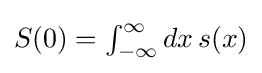
{\textstyle S(0)=\int _{-\infty }^{\infty }dx\,s(x)}